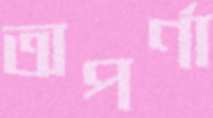
অপর্ণা